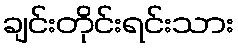
ချင်းတိုင်းရင်းသား